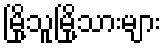
မြို့သူမြို့သားများ